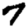
Digit: 7